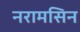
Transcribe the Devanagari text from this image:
नरामसिन